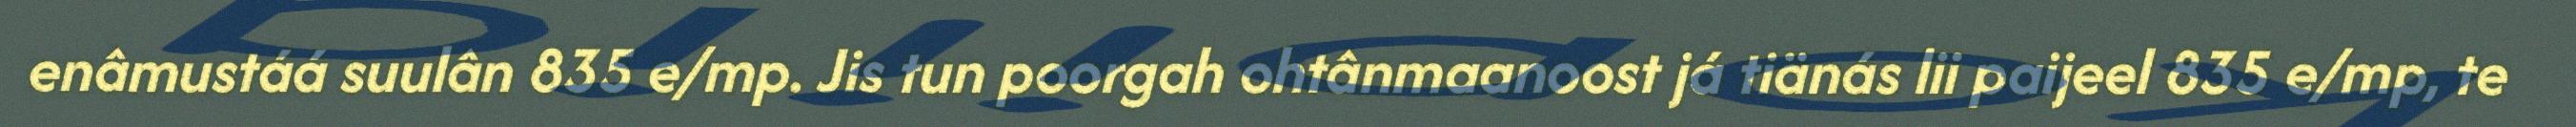
enâmustáá suulân 835 e/mp. Jis tun poorgah ohtânmaanoost já tiänás lii paijeel 835 e/mp, te